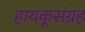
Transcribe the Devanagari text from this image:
हायकूसंग्रह